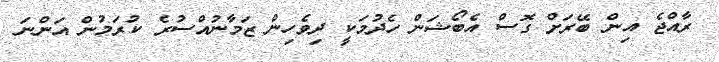
ރާއްޖެ އިން ބޭރަށް ގޮސް އެބޯޝަން ހެދުމަކީ ދިވެހިން ޒަމާނުއްސުރެ ކުރަމުން އަންނަ